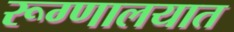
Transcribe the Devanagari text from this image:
रूग्‍णालयात